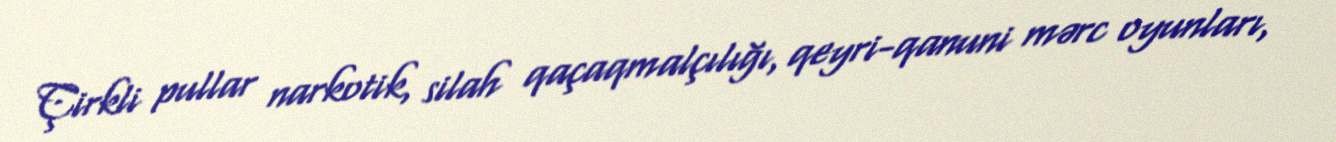
Çirkli pullar narkotik, silah qaçaqmalçılığı, qeyri-qanuni mərc oyunları,